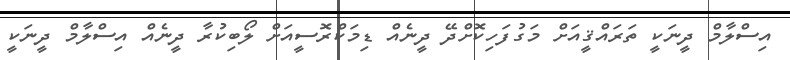
އިސްލާމް ދީނަކީ ތަރައްޤީއަށް މަގުފަހިކޮށްދޭ ދީނެއް ޑިމަކްރޮސީއަށް ލޯބިކުރާ ދީނެއް އިސްލާމް ދީނަކީ